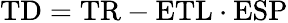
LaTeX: \mathrm{TD}=\mathrm{TR}-\mathrm{ETL}\cdot\mathrm{ESP}